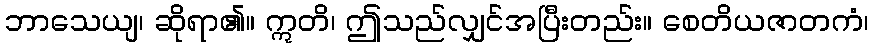
ဘာသေယျ၊ ဆိုရာ၏။ ဣတိ၊ ဤသည်လျှင်အပြီးတည်း။ စေတိယဇာတကံ၊